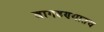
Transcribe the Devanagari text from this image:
बागडण्यातच